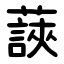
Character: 䕛